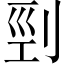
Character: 剄